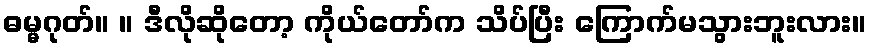
ဓမ္မဂုတ်။ ။ ဒီလိုဆိုတော့ ကိုယ်တော်က သိပ်ပြီး ကြောက်မသွားဘူးလား။